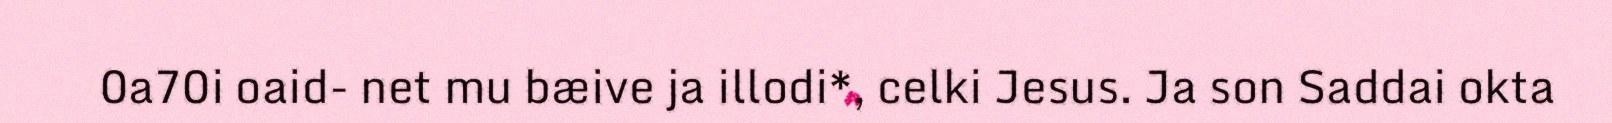
0a70i oaid- net mu bæive ja illodi*, celki Jesus. Ja son Saddai okta